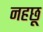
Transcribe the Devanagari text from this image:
नहछू